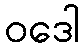
ဝဒေါ